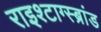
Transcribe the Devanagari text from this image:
राइश्टाग्स्ब्रांड